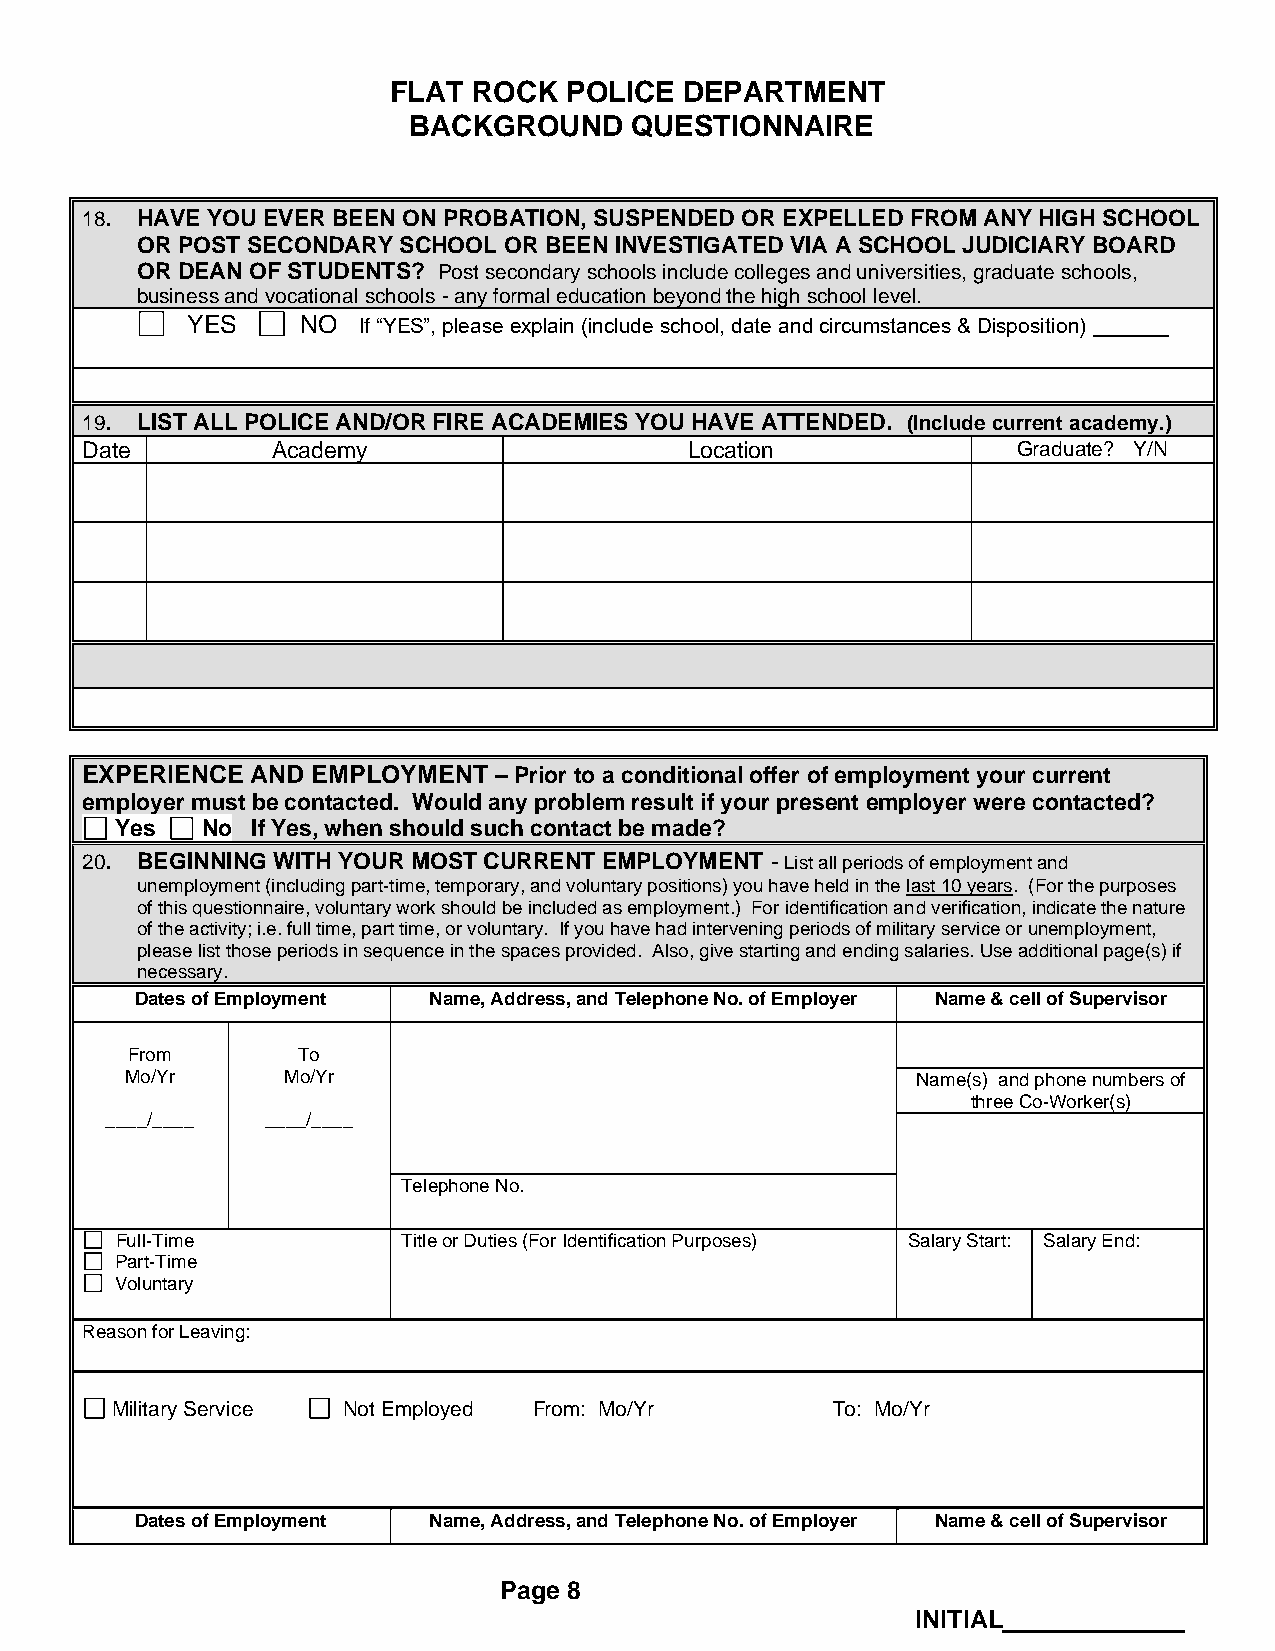
FLAT ROCK  POLICE  DEPARTMENT
 BACKGROUND     QUESTIONNAIRE
 18. HAVE YOU EVER BEEN ON PROBATION, SUSPENDED OR EXPELLED FROM ANY HIGH SCHOOL
 OR POST SECONDARY SCHOOL OR BEEN INVESTIGATED VIA A SCHOOL JUDICIARY BOARD
 OR DEAN OF STUDENTS? Post secondary schools include colleges and universities, graduate schools,
 business and vocational schools - any formal education beyond the high school level.
 YES     NO  If “YES”, please explain (include school, date and circumstances & Disposition)
 19. LIST ALL POLICE AND/OR FIRE ACADEMIES YOU HAVE ATTENDED. (Include current academy.)
 Date         Academy                     Location             Graduate? Y/N
 EXPERIENCE  AND EMPLOYMENT  – Prior to a conditional offer of employment your current
 employer must be contacted. Would any problem result if your present employer were contacted?
 Yes  No  If Yes, when should such contact be made?
 20. BEGINNING WITH YOUR MOST CURRENT EMPLOYMENT - List all periods of employment and
 unemployment (including part-time, temporary, and voluntary positions) you have held in the last 10 years. (For the purposes
 of this questionnaire, voluntary work should be included as employment.) For identification and verification, indicate the nature
 of the activity; i.e. full time, part time, or voluntary. If you have had intervening periods of military service or unemployment,
 please list those periods in sequence in the spaces provided. Also, give starting and ending salaries. Use additional page(s) if
 necessary.
 Dates of Employment Name, Address, and Telephone No. of Employer Name & cell of Supervisor
 From        To
 Mo/Yr      Mo/Yr                                     Name(s) and phone numbers of
 three Co-Worker(s)
 ____/____  ____/____
 Telephone No.
 Full-Time          Title or Duties (For Identification Purposes) Salary Start: Salary End:
 Part-Time
 Voluntary
 Reason for Leaving:
 Military Service Not Employed From: Mo/Yr       To: Mo/Yr
 Dates of Employment Name, Address, and Telephone No. of Employer Name & cell of Supervisor
 Page 8
 INITIAL